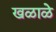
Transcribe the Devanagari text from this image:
खळाळे